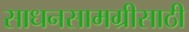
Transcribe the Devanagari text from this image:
साधनसामग्रीसाठी